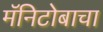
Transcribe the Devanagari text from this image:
मॅनिटोबाचा